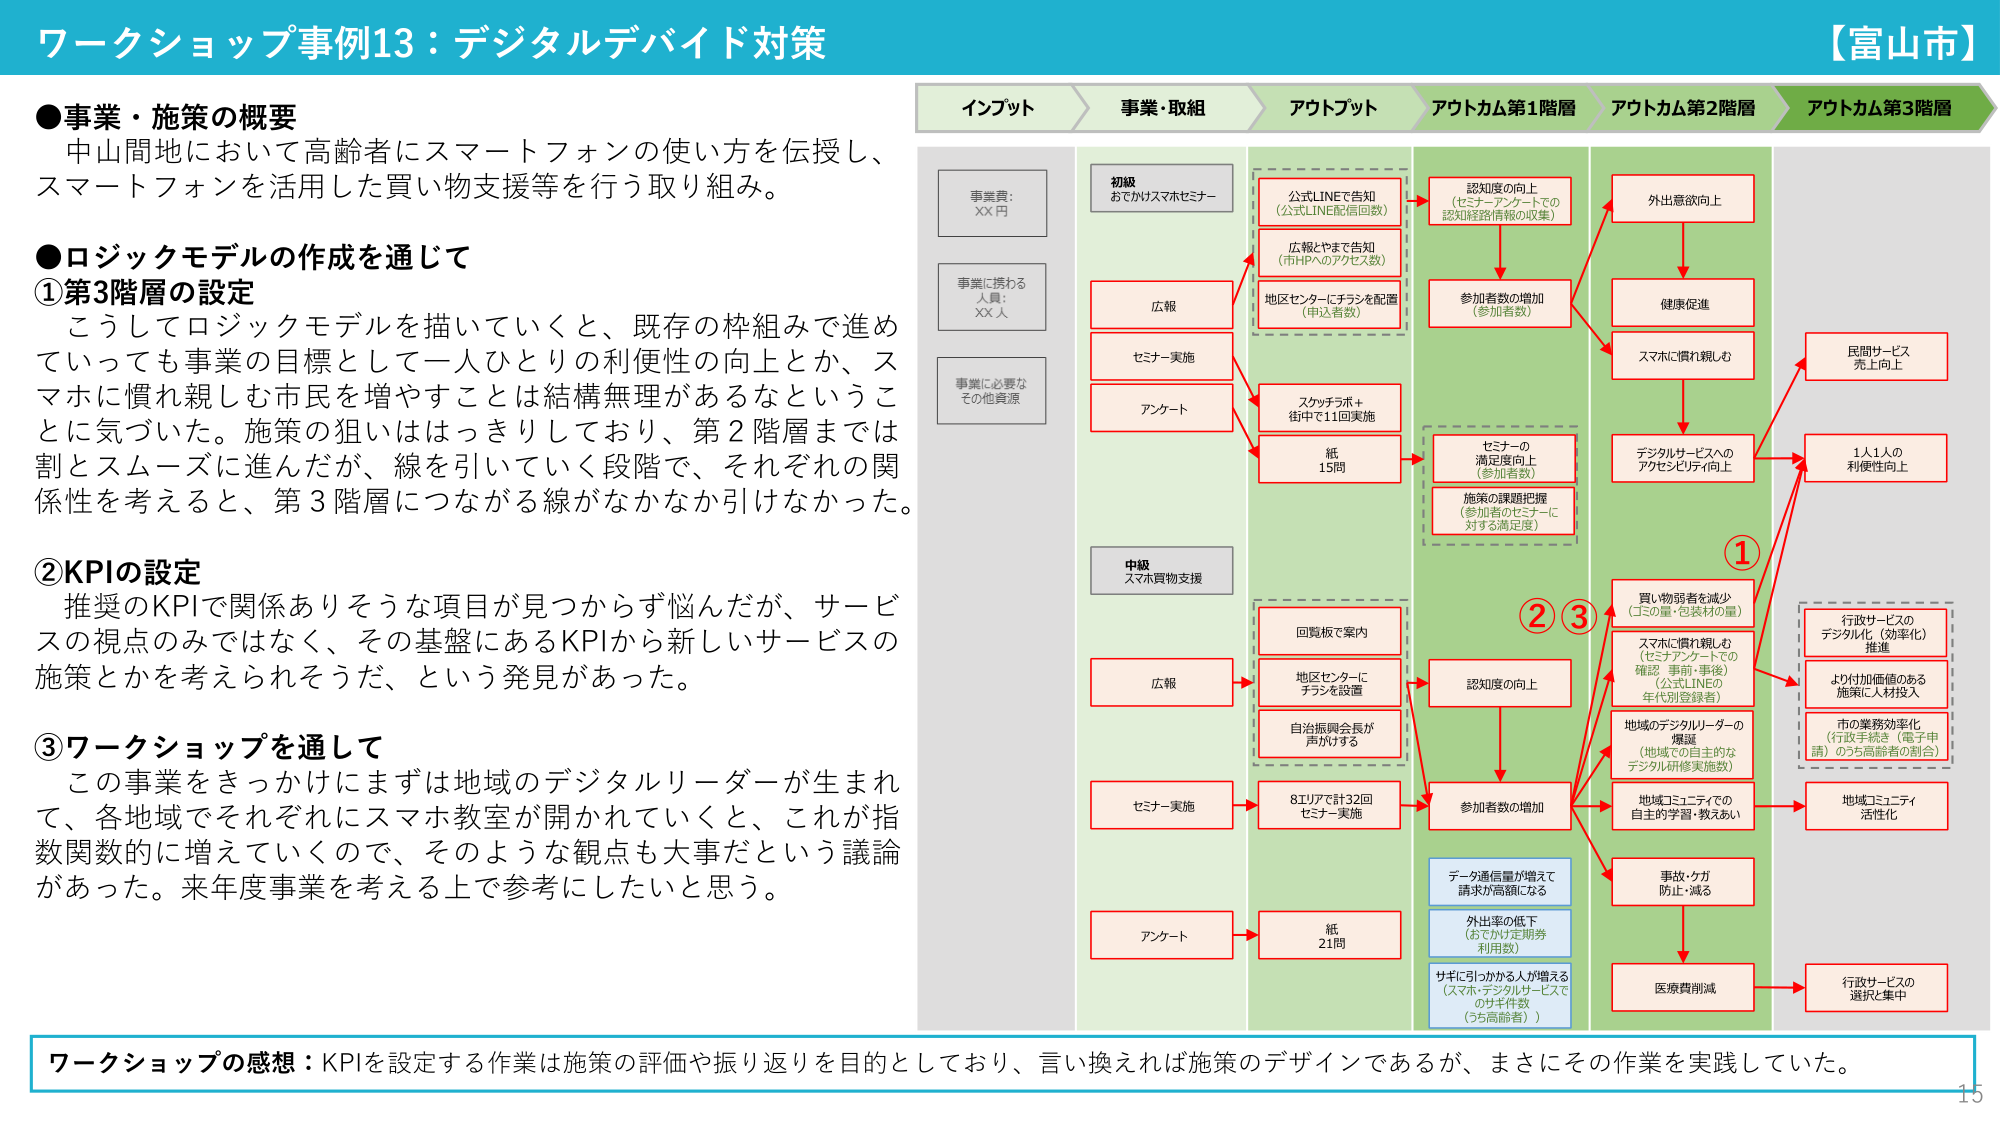
ワークショップ事例13：デジタルデバイド対策
【富山市】

●事業・施策の概要
中山間地において高齢者にスマートフォンの使い方を伝授し、
スマートフォンを活用した買い物支援等を行う取り組み。

●ロジックモデルの作成を通じて
①第3階層の設定
こうしてロジックモデルを描いていくと、既存の枠組みで進めていっても事業の目標として一人ひとりの利便性の向上とか、スマホに慣れ親しむ市民を増やすことは結構無理があるなということに気づいた。施策の狙いははっきりしており、第2階層までは割とスムーズに進んだが、線を引いていく段階で、それぞれの関係性を考えると、第3階層につながる線がなかなか引けなかった。

②KPIの設定
推奨のKPIで関係ありそうな項目が見つからず悩んだが、サービスの視点のみではなく、その基盤にあるKPIから新しいサービスの施策とかを考えられそうだ、という発見があった。

③ワークショップを通して
この事業をきっかけにまずは地域のデジタルリーダーが生まれて、各地域でそれぞれにスマホ教室が開かれていくと、これが指数関数的に増えていくので、そのような観点も大事だという議論があった。来年度事業を考える上で参考にしたいと思う。

インプット
事業費：XX円
事業に携わる人員：XX人
事業に必要なその他資源

事業・取組
初級
おでかけスマホセミナー
広報
セミナー実施
アンケート
中級
スマホ買物支援
広報
セミナー実施
アンケート

アウトプット
公式LINEで告知
（公式LINE配信回数）
広報とやまで告知
（市HPへのアクセス数）
地区センターにチラシを配置
（申込者数）
スケッチラボ＋
街中で11回実施
紙
15問
回覧板で案内
地区センターに
チラシを設置
自治振興会長が
声かける
8エリアで計32回
セミナー実施
紙
21問

アウトカム第1階層
認知度の向上
（セミナーアンケートでの
認知経路情報の収集）
参加者数の増加
（参加者数）
セミナーの
満足度向上
（参加者数）
施策の課題把握
（参加者のセミナーに
対する満足度）
認知度の向上
参加者数の増加
データ通信量が増えて
請求が高額になる
外出率の低下
（おでかけ定期券
利用数）
サギに引っかかる人が増える
（スマホ・デジタルサービスで
のサギ件数
（うち高齢者））

アウトカム第2階層
外出意欲向上
健康促進
スマホに慣れ親しむ
デジタルサービスへの
アクセスしやすさ向上
買い物弱者を減少
（コメの量・包装材の量）
スマホに慣れ親しむ
（セミナーアンケートでの
確認 事前・事後）
（公式LINEの
年代別登録者）
地域のデジタルリーダーの
爆誕
（地域での自主的な
デジタル研修実施数）
地域コミュニティでの
自主的学習・教えあい
事故・ケガ
防止・減る
医療費削減

アウトカム第3階層
民間サービス
売上向上
1人1人の
利便性向上
行政サービスの
デジタル化（効率化）
推進
より付加価値のある
施策に人材投入
市の業務効率化
（行政手続き（電子申請）のうち高齢者の割合）
地域コミュニティ
活性化
行政サービスの
選択と集中

①
②
③

ワークショップの感想：KPIを設定する作業は施策の評価や振り返りを目的としており、言い換えれば施策のデザインであるが、まさにその作業を実践していた。

15